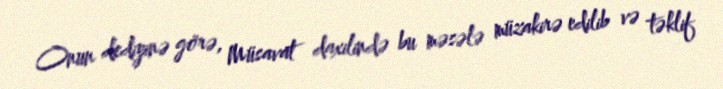
Onun dediyinə görə, Müsavat daxilində bu məsələ müzakirə edilib və təklif